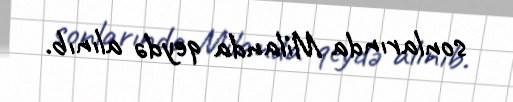
sonlarında Milanda qeydə alınıb.